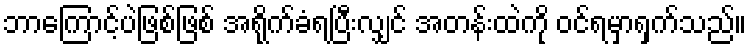
ဘာကြောင့်ပဲဖြစ်ဖြစ် အရိုက်ခံရပြီးလျှင် အတန်းထဲကို ဝင်ရမှာရှက်သည်။